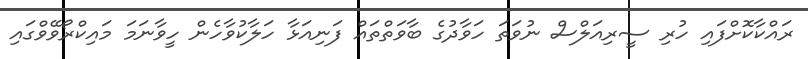
ރައްކާކޮށްފައި ހުރި ސީރިއަލްސް ނުވަތަ ހަވާދުގެ ބާވަތްތައް ފަނިއަޅާ ހަލާކުވާހެން ހީވާނަމަ މައިކްރޯވޭވްގައި